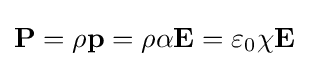
\mathbf {P} =\rho \mathbf {p} =\rho \alpha \mathbf {E} =\varepsilon _{0}\chi \mathbf {E}